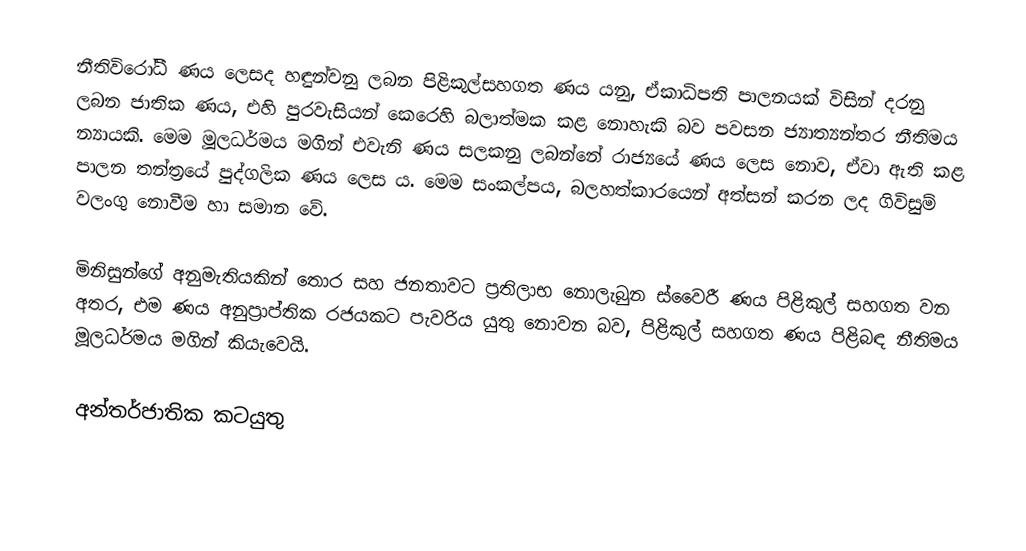
නීතිවිරෝධී ණය ලෙසද හඳුන්වනු ලබන පිළිකුල්සහගත ණය යනු, ඒකාධිපති පාලනයක් විසින් දරනු ලබන ජාතික ණය, එහි පුරවැසියන් කෙරෙහි බලාත්මක කළ නොහැකි බව පවසන ජ්‍යාත්‍යන්තර නීතිමය න්‍යායකි. මෙම මූලධර්මය මගින් එවැනි ණය සලකනු ලබන්නේ රාජ්‍යයේ ණය ලෙස නොව, ඒවා ඇති කළ පාලන තන්ත්‍රයේ පුද්ගලික ණය ලෙස ය. මෙම සංකල්පය, බලහත්කාරයෙන් අත්සන් කරන ලද ගිවිසුම් වලංගු නොවීම හා සමාන වේ.

මිනිසුන්ගේ අනුමැතියකින් තොර සහ ජනතාවට ප්‍රතිලාභ නොලැබුන ස්වෛරී ණය පිළිකුල් සහගත වන අතර, එම ණය අනුප්‍රාප්තික රජයකට පැවරිය යුතු නොවන බව, පිළිකුල් සහගත ණය පිළිබඳ නීතිමය මූලධර්මය මගින් කියැවෙයි.

අන්තර්ජාතික කටයුතු